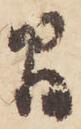
間